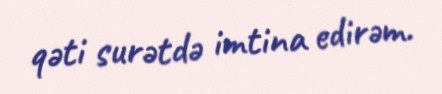
qəti surətdə imtina edirəm.